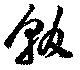
輟